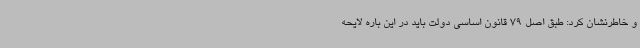
و خاطرنشان کرد: طبق اصل 79 قانون اساسی دولت باید در این باره لایحه